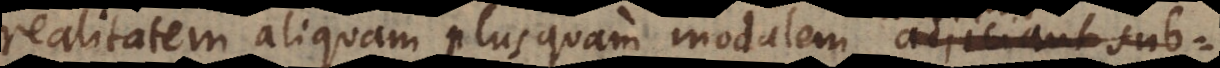
realitatem aliquam plus quam modalem, adjiciant sub